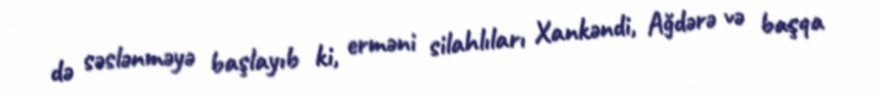
də səslənməyə başlayıb ki, erməni silahlıları Xankəndi, Ağdərə və başqa